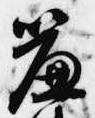
簾